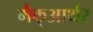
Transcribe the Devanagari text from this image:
मैक्‌आर्थर